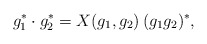
\begin{align*} g_{1}^*\cdot g_{2}^*=X(g_{1}, g_{2})\, (g_{1}g_{2})^*,\end{align*}